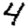
Digit: 4